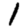
Digit: 1